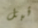
قبل